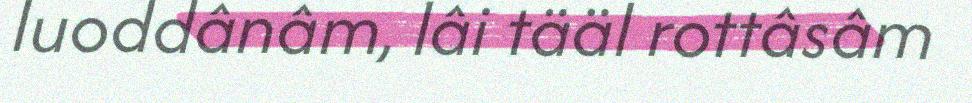
luoddânâm, lâi tääl rottâsâm